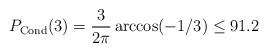
LaTeX: \begin{align*} P_{\mathrm{Cond}}(3) = \frac{3}{2\pi}\arccos(-1/3) \le 91.2\ \end{align*}